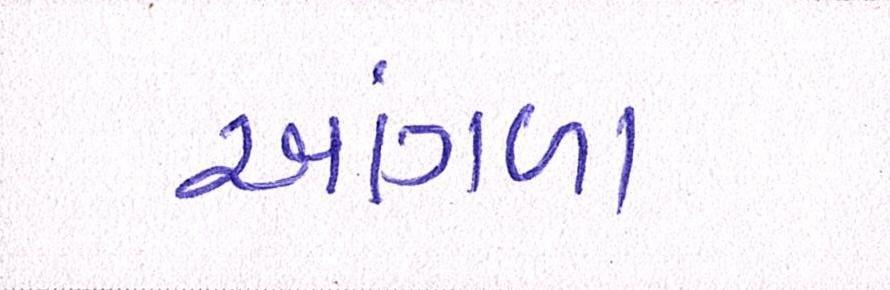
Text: આંગળા